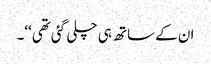
ان کے ساتھ ہی چلی گئی تھی‘‘۔